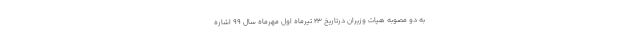
به دو مصوبه هیات وزیران درتاریخ ۲۳ تیرماه اول مهرماه سال ۹۹ اشاره